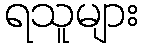
ရသူများ